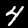
Label: 4